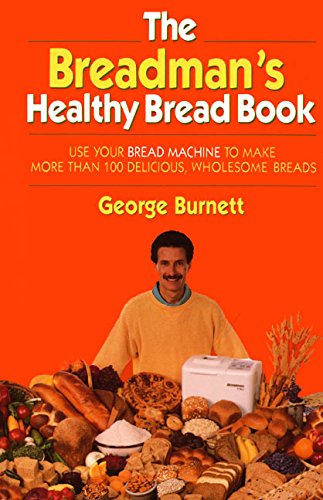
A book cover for The Breadman's Healthy Bread Book; George Burnett; Cookbooks, Food & Wine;